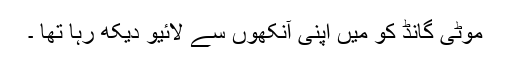
موٹی گانڈ کو میں اپنی آنکھوں سے لائیو دیکھ رہا تھا ۔